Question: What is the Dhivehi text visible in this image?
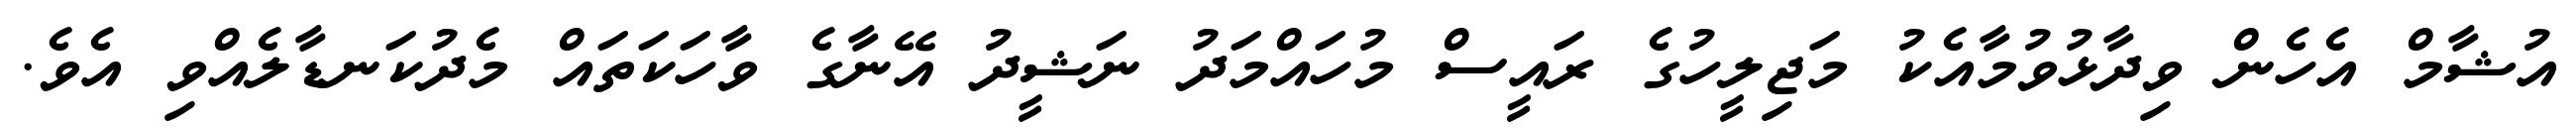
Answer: އުޝާމް އެހެން ވިދާޅުވުމާއެކު މަޖިލީހުގެ ރައީސް މުހައްމަދު ނަޝީދު އޭނާގެ ވާހަކަތައް މެދުކަނޑާލެއްވި އެވެ.